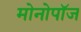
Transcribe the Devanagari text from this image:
मोनोपॉज